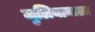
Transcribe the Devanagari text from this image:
जुलियानाला